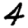
Digit: 4